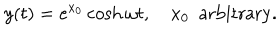
LaTeX: y ( t ) = e ^ { x _ { 0 } } \cosh \omega t , \quad x _ { 0 } \ \ \mathrm { a r b i t r a r y } .